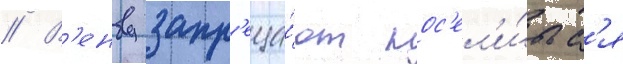
// В'енву запр'еща́ют пос'ел'и́тьс'я